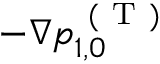
- \nabla p _ { 1 , 0 } ^ { \mathrm { ~ ( ~ T ~ ) ~ } }